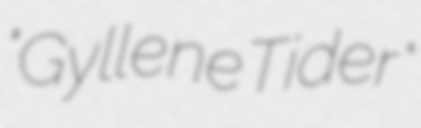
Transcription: "Gyllene Tider"